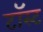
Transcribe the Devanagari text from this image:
टॉस्ट